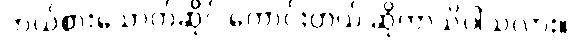
ဘယ်စားသောက်ဆိုင် ကောင်းတယ် ဆိုတာသိပါသလား။